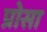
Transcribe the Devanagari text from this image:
प्रोसा